Indian journal of veterinary science and animal husbandry - Volume 3,
Year: 1933
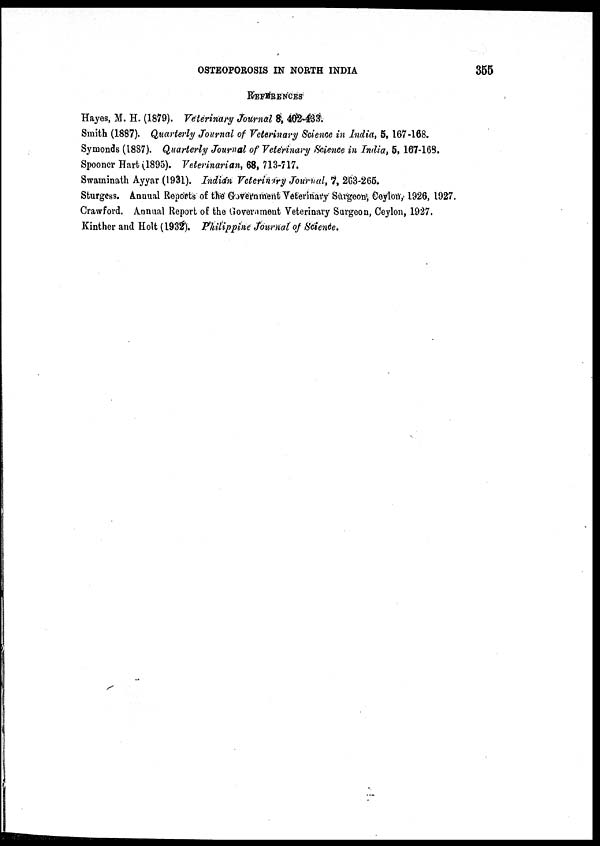
OSTEOPOROSIS IN NORTH INDIA
355
REFERENCES
Hayes, M. H. (1879). Veterinary Journal 8, 402-433.
Smith (1887). Quarterly Journal of Veterinary Science in India, 5, 167-168.
Symonds (1887). Quarterly Journal of Veterinary Science in India, 5, 167-168.
Spooner Hart (1895). Veterinarian, 68, 713-717.
Swaminath Ayyar (1931). Indian Veterinery Journal, 7, 263-265.
Sturgess. Annual Reports of the Government Veterinary Surgeon, Ceylon, 1926, 1927.
Crawford. Annual Report of the Government Veterinary Surgeon, Ceylon, 1927.
Kinther and Holt (1932). Philippine Journal of Science.